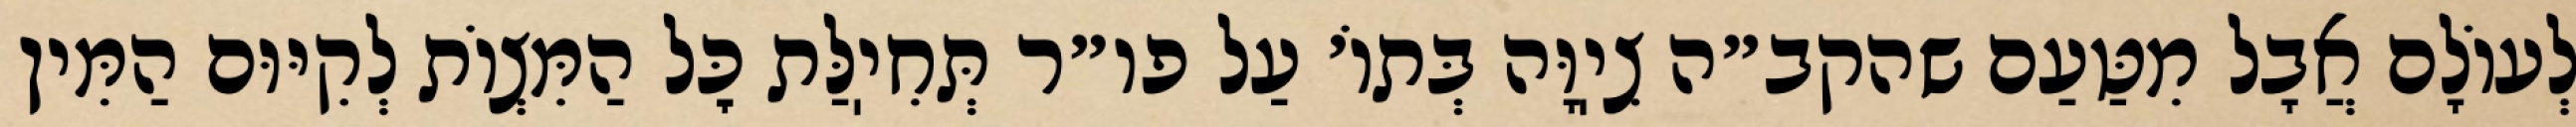
לְעוֹלָם אֲבָל מִטַּעַם שהקב״ה צִיֽוָּה בְּתוֹ׳ עַל פו״ר תְּחִיֽלַּת כׇּל הַמִּצְוֹת לְקִיּוּם הַמִּין